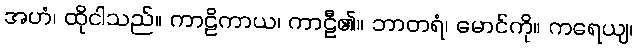
အဟံ၊ ထိုငါသည်။ ကာဠိကာယ၊ ကာဠီ၏။ ဘာတရံ၊ မောင်ကို။ ကရေယျ၊